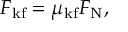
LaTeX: F _ { \mathrm { k f } } = \mu _ { \mathrm { k f } } F _ { \mathrm { N } } ,